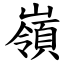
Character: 嶺